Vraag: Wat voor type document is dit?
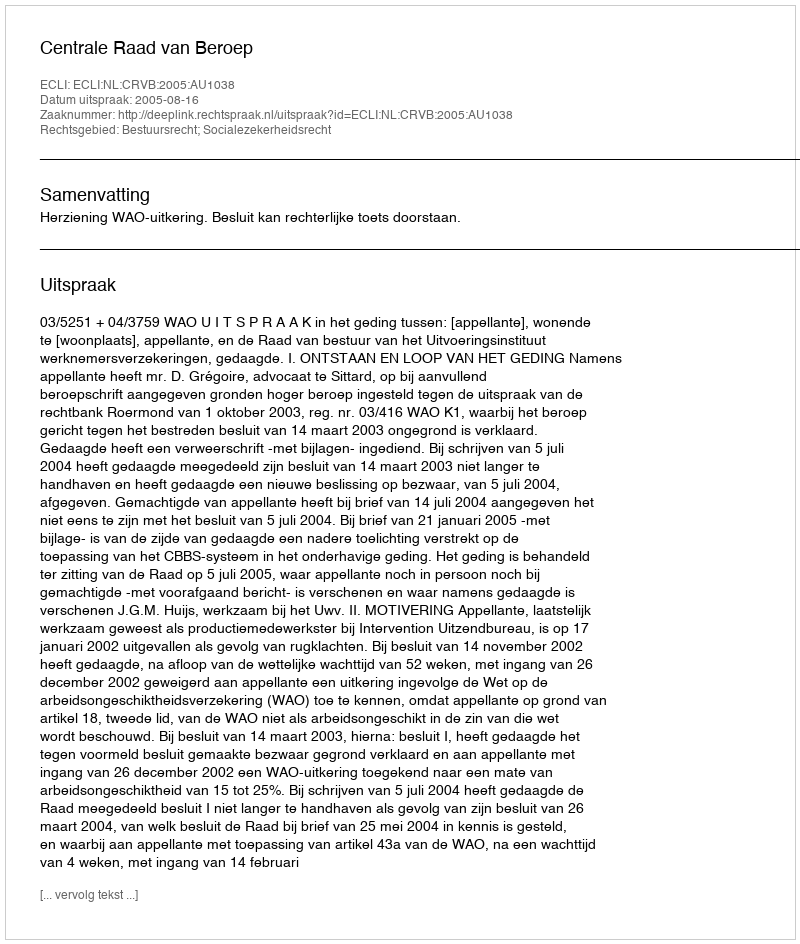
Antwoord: Uitspraak